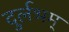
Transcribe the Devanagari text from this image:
दुर्लभम्